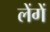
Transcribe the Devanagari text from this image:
लेंगें